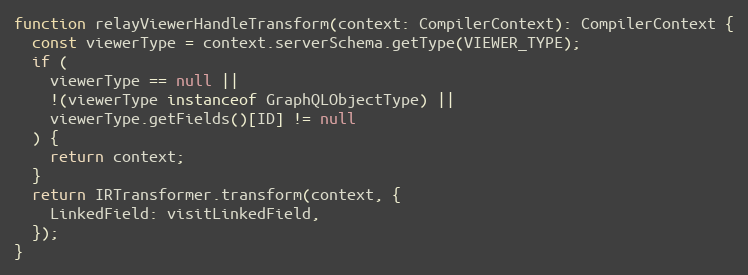
Language: JavaScript
function relayViewerHandleTransform(context: CompilerContext): CompilerContext {
  const viewerType = context.serverSchema.getType(VIEWER_TYPE);
  if (
    viewerType == null ||
    !(viewerType instanceof GraphQLObjectType) ||
    viewerType.getFields()[ID] != null
  ) {
    return context;
  }
  return IRTransformer.transform(context, {
    LinkedField: visitLinkedField,
  });
}